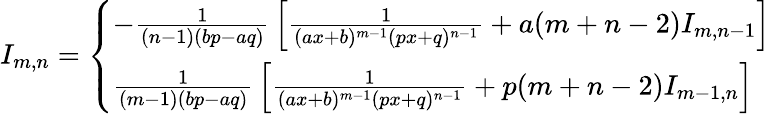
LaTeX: I_{m,n}={\left\{ \begin{array}{ll}{-{\frac{1}{(n-1)(bp-aq)}}\left[{\frac{1}{(ax+b)^{m-1}(px+q)^{n-1}}}+a(m+n-2)I_{m,n-1}\right]}\\ {{\frac{1}{(m-1)(bp-aq)}}\left[{\frac{1}{(ax+b)^{m-1}(px+q)^{n-1}}}+p(m+n-2)I_{m-1,n}\right]}\end{array}\right.}\,